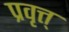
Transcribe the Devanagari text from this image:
प्रवृत्त्